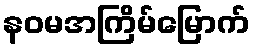
နဝမအကြိမ်မြောက်